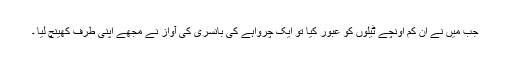
جب میں نے ان کم اونچے ٹیلوں کو عبور کیا تو ایک چرواہے کی بانسری کی آواز نے مجھے اپنی طرف کھینچ لیا ۔